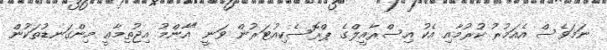
ނަމަވެސް އެއަމުރު ކުރުމާއި އެކު އިސްރާއީލްގެ ޕްރޮސެކިއުޓަރުން ވަނީ "އާންމު އިޖުތިމާޢީ މިންގަނޑުތަކުން